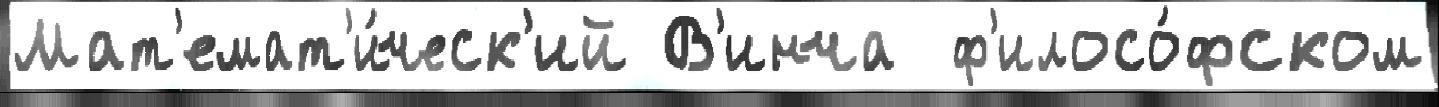
Мат'емат'и́ческ'ий В'инча  ф'илосо́фском